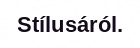
Stílusáról.